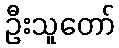
ဦးသူတော်